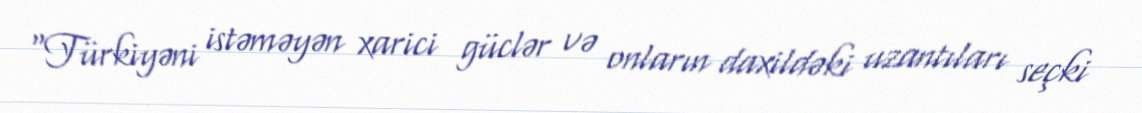
“Türkiyəni istəməyən xarici güclər və onların daxildəki uzantıları seçki